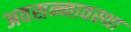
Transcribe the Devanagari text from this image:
अवसन्नावस्था